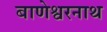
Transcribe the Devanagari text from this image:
बाणेश्वरनाथ